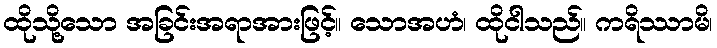
ထိုသို့သော အခြင်းအရာအားဖြင့်။ သောအဟံ၊ ထိုငါသည်။ ကရိဿာမိ၊